Leaving Certificate Examination (including Day School Certificate (Higher) General paper), 1926
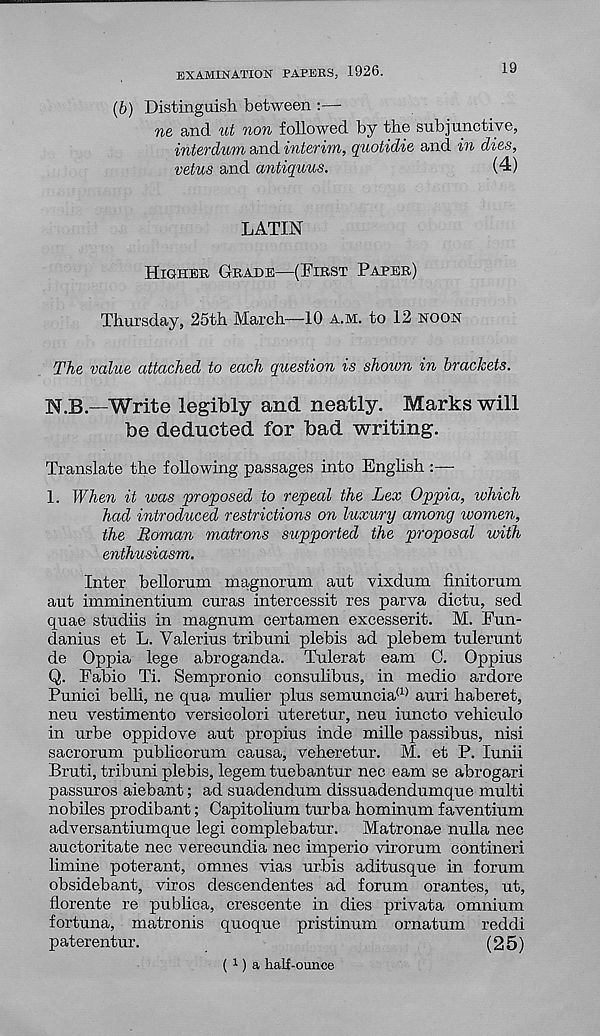
EXAMINATION PAPERS, 1926.
19
(b) Distinguish between :—-
ne and ut non followed by the subjunctive,
interdum and interim, quotidie and in dies,
vetus and antiquus.
(4)
LATIN
HIGHER GRADE—(FIRST PARER)
Thursday, 25th March—10 A.M. to 12 NOON
The value attached to each question is shown in brackets.
N.B.—Write legibly and neatly. Marks will
be deducted for bad writing.
Translate the following passages into English :—-
1. When it was 'proposed to repeal the Lex Oppia, which
had introduced restrictions on luxury among women,
the Roman matrons supported the proposal ivith
enthusiasm.
Inter bellorum magnorum aut vixdum finitorum
aut imminentium curas intercessit res parva dictu, sed
quae studiis in magnum certamen excesserit. M. Fun-
danius et L. Valerius tribuni plebis ad plebem tulerunt
de Oppia lege abroganda. Tulerat earn C. Oppius
Q. Fabio Ti. Sempronio consulibus, in medio ardore
Punici belli, ne qua mulier plus semuncia (1) auri haberet,
neu vestimento versicolori uteretur, neu iuncto vehiculo
in urbe oppidove aut propius inde mille passibus, nisi
sacrorum publicorum causa, veheretur. M. et P. lunii
Bruti, tribuni plebis, legem tuebantur nec earn se abrogari
passuros aiebant; ad suadendum dissuadendumque multi
nobiles prodibant; Capitolium turba hominum faventium
adversantiumque legi complebatur. Matronae nulla nec
auctoritate nec verecundia nec imperio virorum contineri
limine poterant, omnes vias urbis aditusque in forum
obsidebant, viros descendentes ad forum orantes, ut,
florente re publica, crescente in dies privata omnium
fortuna, matronis quoque pristinum ornatum reddi
paterentur.
(25)
( 1 ) a half-ounce